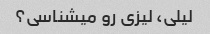
لیلی، لیزی رو میشناسی؟